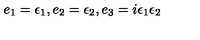
e _ { 1 } = { \epsilon } _ { 1 } , e _ { 2 } = { \epsilon } _ { 2 } , e _ { 3 } = i { \epsilon } _ { 1 } { \epsilon } _ { 2 }